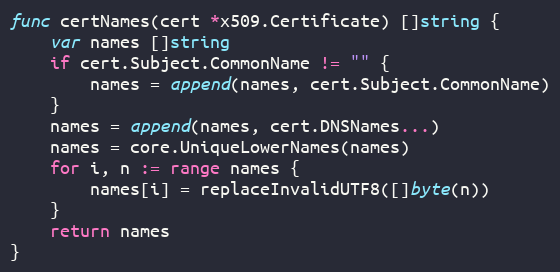
Language: Go
func certNames(cert *x509.Certificate) []string {
	var names []string
	if cert.Subject.CommonName != "" {
		names = append(names, cert.Subject.CommonName)
	}
	names = append(names, cert.DNSNames...)
	names = core.UniqueLowerNames(names)
	for i, n := range names {
		names[i] = replaceInvalidUTF8([]byte(n))
	}
	return names
}